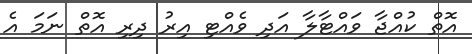
އޮތް ކުއްޖާ ވައްޓާލާ އަދި ވެއްޓި އިރު ދިރި އޮތް ނަމަ އެ